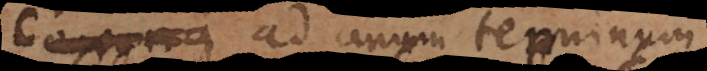
concurra ad unum terminum